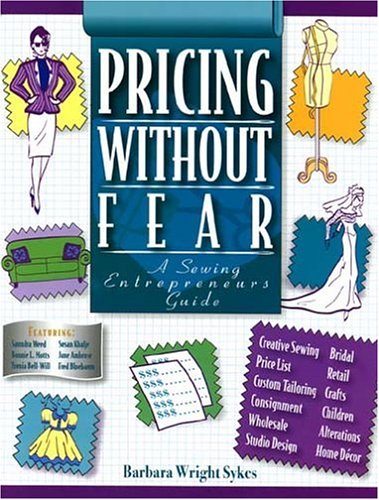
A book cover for Pricing Without Fear; Barbara Wright Sykes; Business & Money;